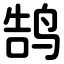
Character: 鹄